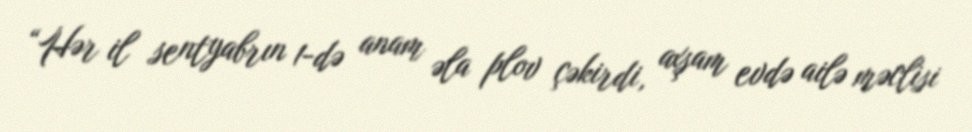
“Hər il sentyabrın 1-də anam əla plov çəkirdi, axşam evdə ailə məclisi